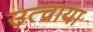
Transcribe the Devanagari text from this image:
उत्चाया